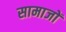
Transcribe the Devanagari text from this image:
सामाजों